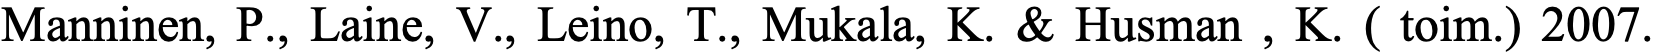
Manninen, P., Laine, V., Leino, T., Mukala, K. & Husman , K. ( toim.) 2007.